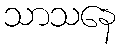
သာသနေ